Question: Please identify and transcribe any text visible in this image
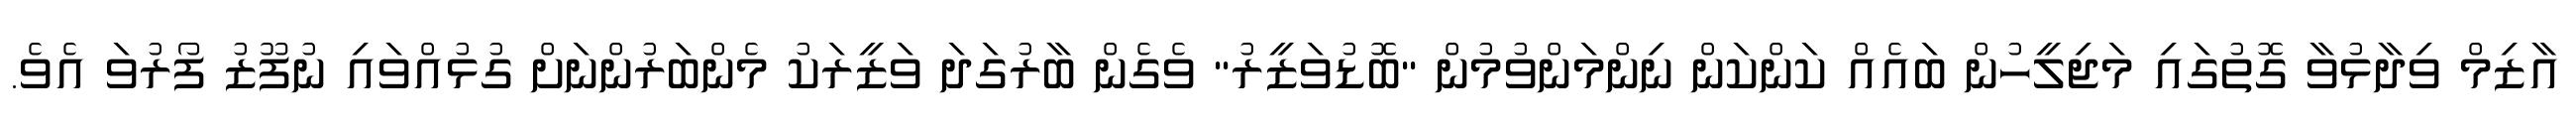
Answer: އާޒިމް ވިދާޅުވާ ގޮތުގައި މަޖިލީހުން ބައެއް ކަންކަން ނިންމަންވުމުން "ބޮޑުވަޒީރު" ވެގެން ބާރުގަދަ ވަޒީރަކު މެންބަރުންނަށް ގުޅުއްވައި ނުފޫޒު ފޯރުވަ އެވެ.